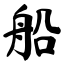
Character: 船